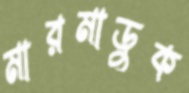
মারমাডুক